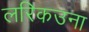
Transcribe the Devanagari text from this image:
लरिकउना